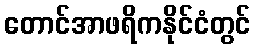
တောင်အာဖရိကနိုင်ငံတွင်